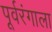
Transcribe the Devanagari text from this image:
पूर्वरंगाला